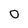
Character: 0